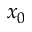
x _ { 0 }